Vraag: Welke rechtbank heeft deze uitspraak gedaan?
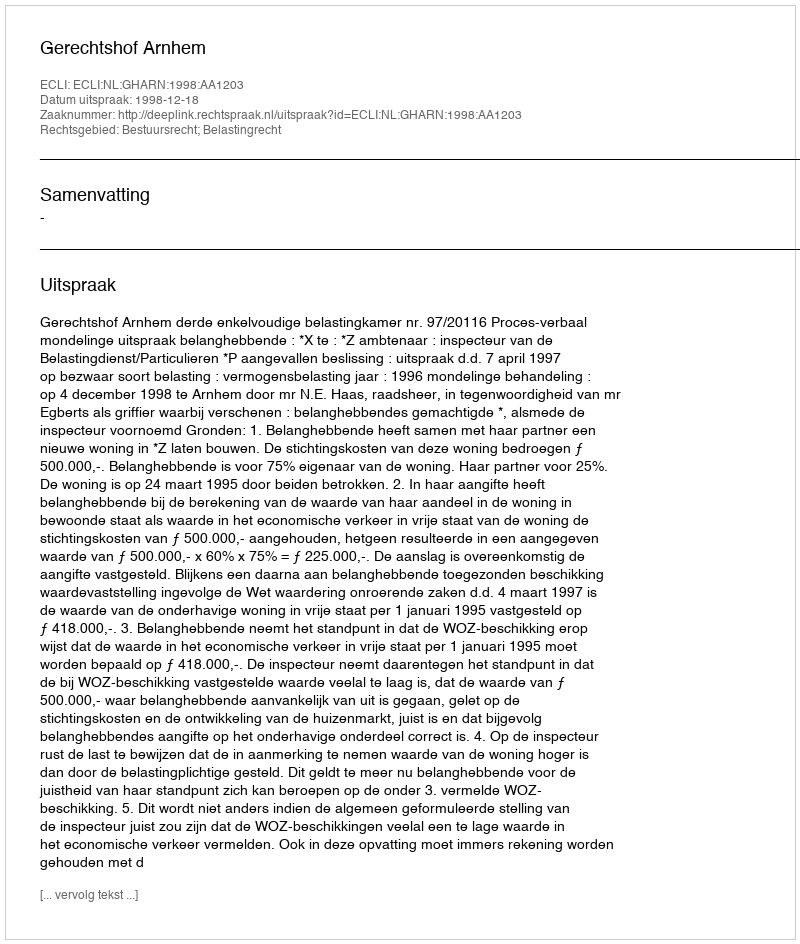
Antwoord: Gerechtshof Arnhem